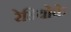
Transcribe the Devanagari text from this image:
रेडियोके